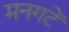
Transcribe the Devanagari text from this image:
मनगटें